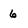
Character: 6